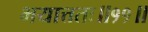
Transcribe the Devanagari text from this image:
भयात्ततः॥११॥